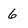
Character: 6